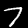
Digit: 7